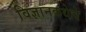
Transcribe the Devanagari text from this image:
विज्ञानकथेचे